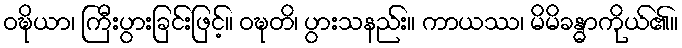
ဝဍ္ဎိယာ၊ ကြီးပွားခြင်းဖြင့်။ ဝဍ္ဎတိ၊ ပွားသနည်း။ ကာယဿ၊ မိမိခန္ဓာကိုယ်၏။